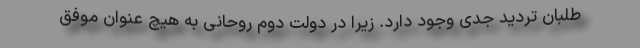
‌طلبان تردید جدی وجود دارد. زیرا در دولت دوم روحانی به هیچ عنوان موفق